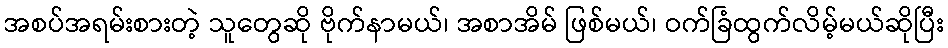
အစပ်အရမ်းစားတဲ့ သူတွေဆို ဗိုက်နာမယ်၊ အစာအိမ် ဖြစ်မယ်၊ ဝက်ခြံထွက်လိမ့်မယ်ဆိုပြီး